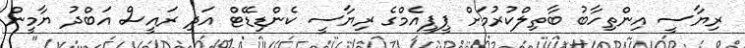
ރިޔާސީ އިންތިހާބު ބާތިލްކުރުމަށް ޕީޕީއެމްގެ ރިޔާސީ ކެންޑިޑޭޓް އަދި ރައީސް އަބްދު ޔާމީން